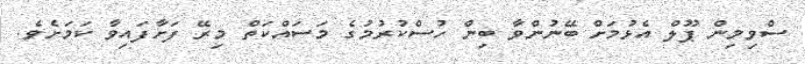
ސްވިމިން ޕޫލް އެޅުމަށް ބޭނުންވާ ބިން ހުސްކުރުމުގެ މަސައްކަތް މިރޭ ފަށާފައިވާ ކަމަށެވެ.